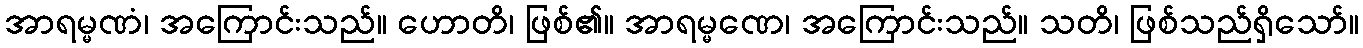
အာရမ္မဏံ၊ အကြောင်းသည်။ ဟောတိ၊ ဖြစ်၏။ အာရမ္မဏေ၊ အကြောင်းသည်။ သတိ၊ ဖြစ်သည်ရှိသော်။